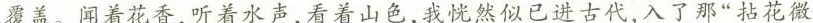
覆盖。闻着花香，听着水声，看着山色，我恍然似已进古代，入了那“拈花微